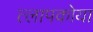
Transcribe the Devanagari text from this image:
त्लापकोया